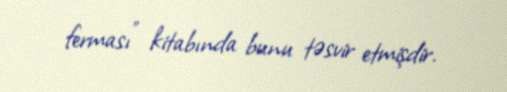
ferması" kitabında bunu təsvir etmişdir.